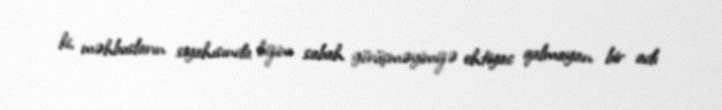
ki, məhbusların siyahısında bizim sabah görüşməyimizə ehtiyac qalmayan bir adı